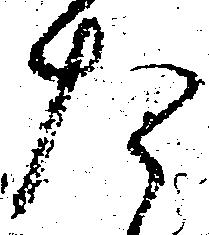
た